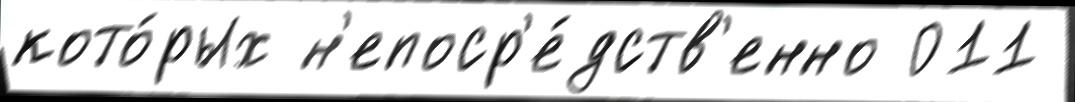
кото́рых н'епоср'е́дств'енно 011